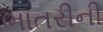
ભાતરીની